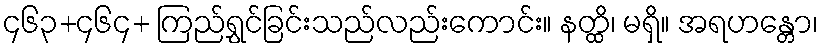
၄၆၃+၄၆၄+ ကြည်ရွှင်ခြင်းသည်လည်းကောင်း။ နတ္ထိ၊ မရှိ။ အရဟန္တော၊